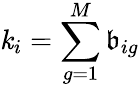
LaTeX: \mathit{k}_{i}=\sum_{g=1}^{M}\mathfrak{b}_{ig}